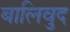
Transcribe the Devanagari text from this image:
बालिवुद